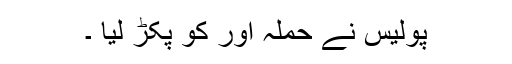
پولیس نے حملہ آور کو پکڑ لیا ۔